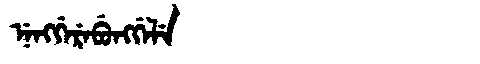
Manchu: ᠨᡝᠩᡤᡝᡵᡝᠪᡠᠩᡤᡝᠯᡝ
Romanization: NENGGEREBUNGGELE